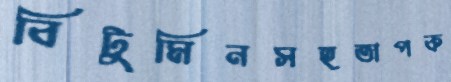
বিটুমিনসহতাপক